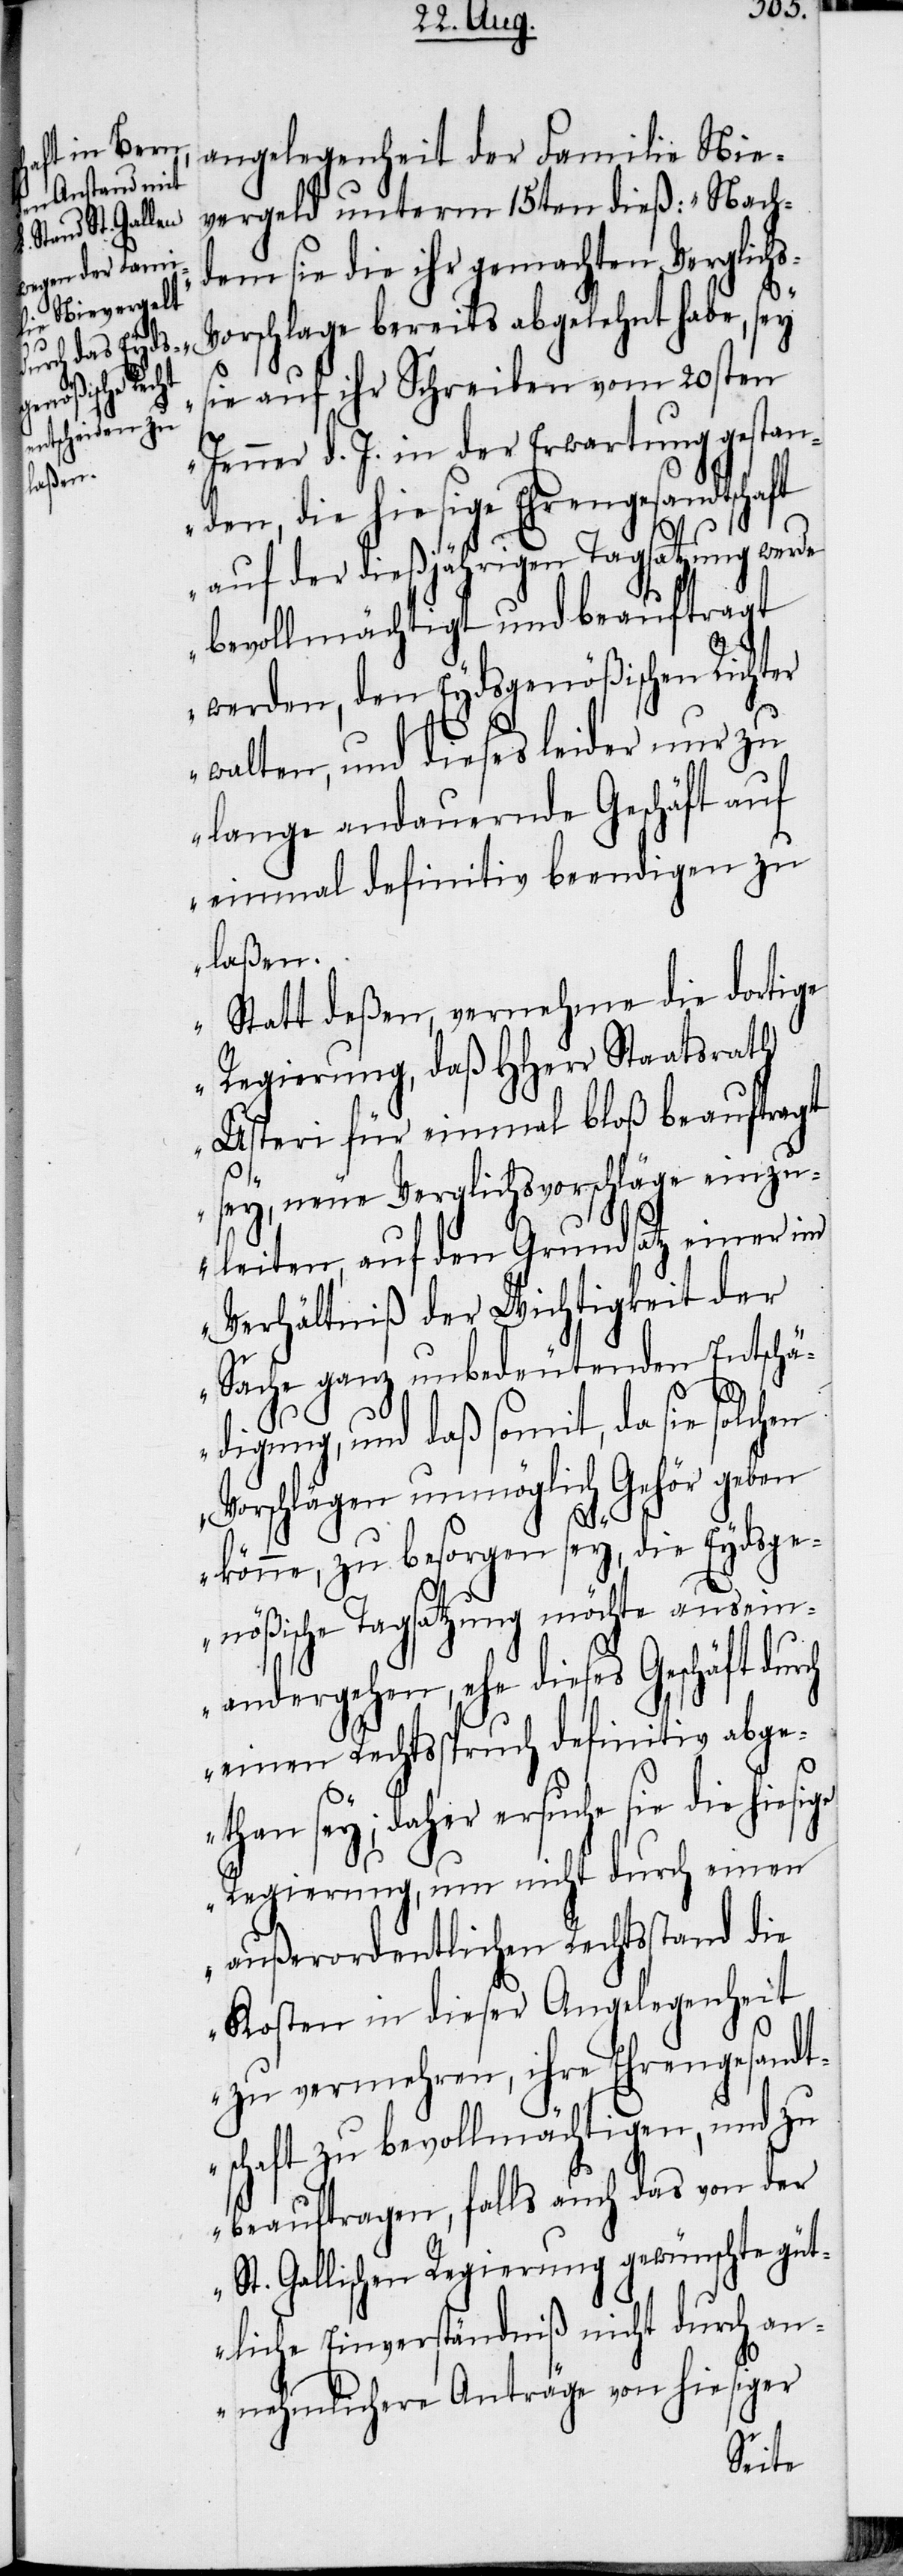
rch

angelegenheit der Familie Nie¬
[sic!] unterm 15ten dieß: „Nach¬
dem sie die ihr gemachten Verglich¬
orschlage bereits abgelehnt habe, sey
sie auf ihr Schreiben vom 20sten
Jenner d. J. in der Erwartung gestan¬
den, die hiesige Ehrengesandtschaft
auf der dießjährigen Tagsatzung
bevollmächtigt und beauftragt
werden, den Eydsgenößischen Richter
walten, und dieses leider nur zu
lange andauernde Geschäft auf
einmal definitiv beendigen zu
laßen.
Statt deßen, vernehme die dortige
Regierung, daß HHerr Staatsrath
Usteri für einmal bloß beauftragt
sey, neue Verglichsvorschläge einzu¬
leiten, auf den Grundsatz einer im
Verhältniß der Wichtigkeit der
Sache ganz unbedeutenden Entschä¬
digung, und daß somit, da sie solchen
Vorschlägen unmöglich Gehör geben
könne, zu besorgen sey, die Eydsge¬
nößische Tagsatzung möchte ausei¬
nandergehen, ehe dieses Geschäft du¬
einen Rechtsspruch definitiv abget¬
han sey; daher ersuche sie die
Regierung, um nicht durch einen
außerordentlichen Rechtsstand die
Kosten in dieser Angelegenheit
zu vermehren, ihre Ehrengesandt¬
schaft zu bevollmächtigen, und zu
beauftragen, falls auch das von der
St. Gallischen Regierung gewünschte güt¬
liche Einverständniß nicht durch an¬
nehmlichere Anträge von hiesiger